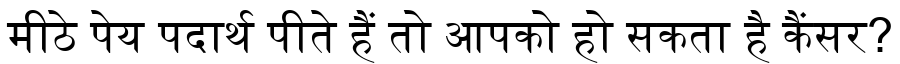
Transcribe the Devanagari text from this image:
मीठे पेय पदार्थ पीते हैं तो आपको हो सकता है कैंसर?